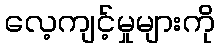
လေ့ကျင့်မှုများကို